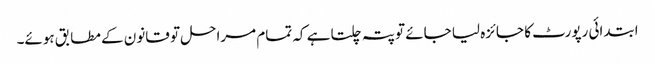
ابتدائی رپورٹ کا جائزہ لیا جائے تو پتہ چلتا ہے کہ تمام مراحل تو قانون کے مطابق ہوئے۔